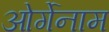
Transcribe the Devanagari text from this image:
ओर्गेनाम